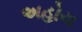
અહોય